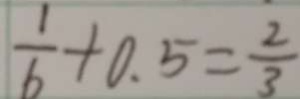
\frac { 1 } { 6 } + 0 . 5 = \frac { 2 } { 3 }